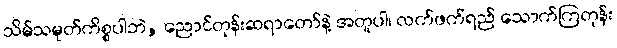
သိမ်သမုတ်ကိစ္စပါဘဲ, ညောင်တုန်းဆရာတော်နဲ့ အတူပါ၊ လက်ဖက်ရည် သောက်ကြတုန်း